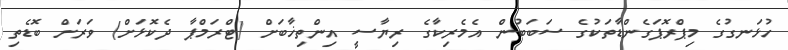
ހުޅަނގުގެ މިޕްރޮޕަގެންޑާތަކުގެ ސަބަބުން އެމެރިކާގެ ރިޔާސީ އިންތިޚާބަށް (ޓްރަމްޕާ ދެކޮޅަށް) ވަރަށް ބޮޑެތި